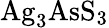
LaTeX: \mathrm{Ag_{3}AsS_{3}}